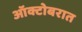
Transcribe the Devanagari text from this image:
ऑक्टोबरात